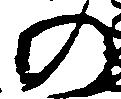
の